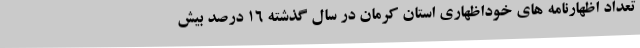
تعداد اظهارنامه های خوداظهاری استان کرمان در سال گذشته 16 درصد بیش